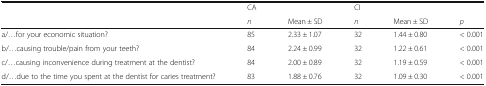
|  | CA |  | CI |  |  |
 |  | n | Mean ± SD | n | Mean ± SD | p |
 | --- | --- | --- | --- | --- | --- |
 | a/...for your economic situation? | 85 | 2.33 ± 1.07 | 32 | 1.44 ± 0.80 | < 0.001 |
 | b/...causing trouble/pain from your teeth? | 84 | 2.24 ± 0.99 | 32 | 1.22 ± 0.61 | < 0.001 |
 | c/...causing inconvenience during treatment at the dentist? | 84 | 2.00 ± 0.89 | 32 | 1.19 ± 0.59 | < 0.001 |
 | d/...due to the time you spent at the dentist for caries treatment? | 83 | 1.88 ± 0.76 | 32 | 1.09 ± 0.30 | < 0.001 |